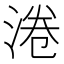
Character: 淃